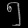
Digit: ၅